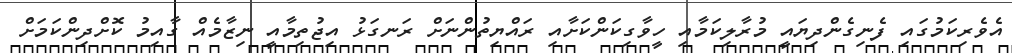
އެވެރިކަމުގައި ފެނިގެންދިޔަައީ މުރާލިކަމާއި ހީވާގިކަންކަށާއި ރައްޔިތުންނަށް ރަނގަޅު އިޖުތިމާއީ ނިޒާމެއް ގާއިމު ކޮށްދިންކަމަށް